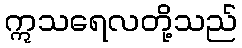
ဣသရေလတို့သည်